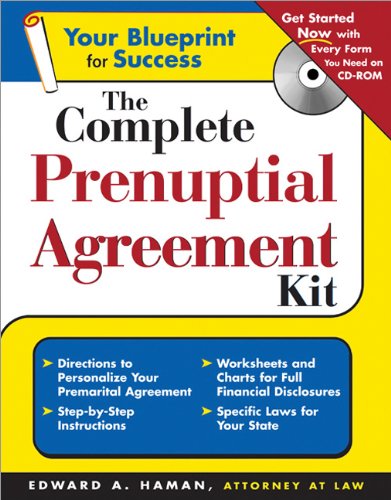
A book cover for The Complete Prenuptial Agreement Kit (Book & CD-ROM) (Write Your Own Prenuptial Agreement); Edward A. Haman; Law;